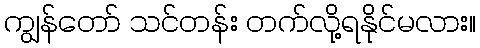
ကျွန်တော် သင်တန်း တက်လို့ရနိုင်မလား။